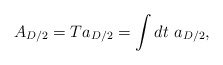
\begin{align*}A_{D/2}=Ta_{D/2}=\int dt ~a_{D/2},\end{align*}